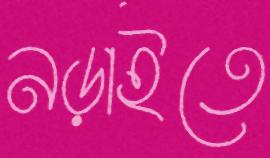
নড়াইতে